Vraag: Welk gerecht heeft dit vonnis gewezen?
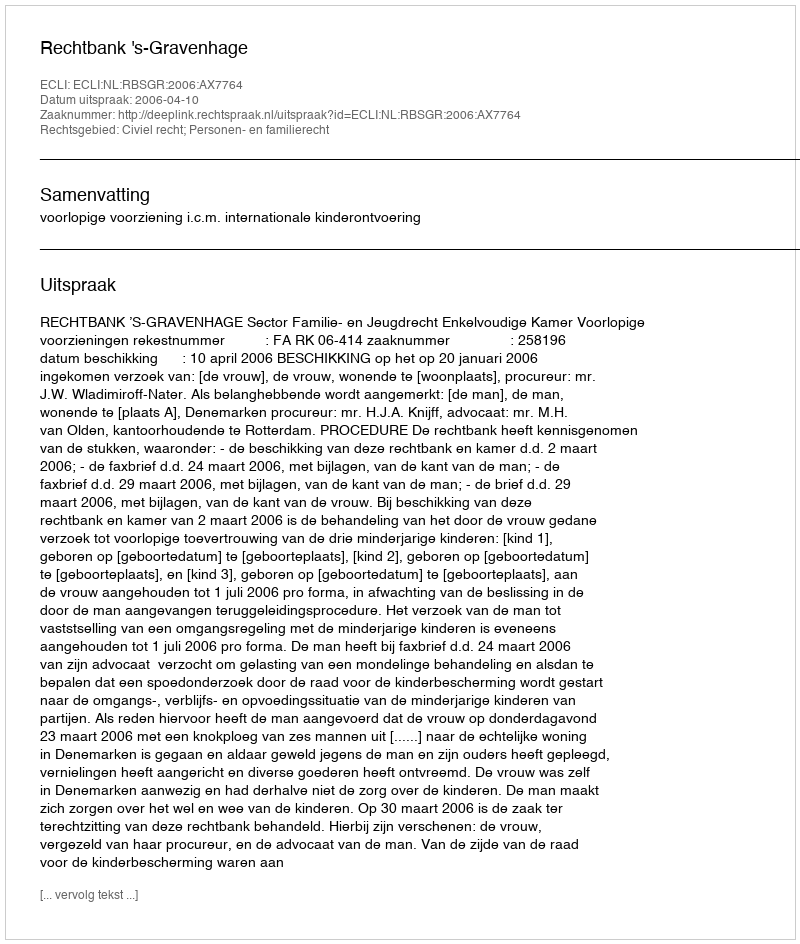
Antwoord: Rechtbank 's-Gravenhage